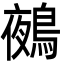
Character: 鵺